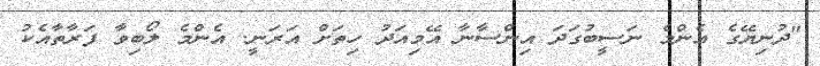
"ދުނިޔޭގެ އެންމެ ނަސީބުގަދަ އިންސާނާ އޭމިއަދު ހިތަށް އަރަނީ. އެންމެ ލޯބިވާ ފަރާތާއެކު